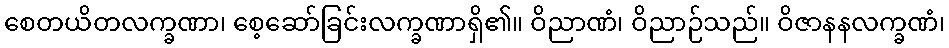
စေတယိတလက္ခဏာ၊ စေ့ဆော်ခြင်းလက္ခဏာရှိ၏။ ဝိညာဏံ၊ ဝိညာဉ်သည်။ ဝိဇာနနလက္ခဏံ၊